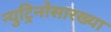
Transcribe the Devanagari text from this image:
न्युट्रिनोसारख्या